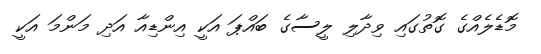
މޮޑެލެއްގެ ގޮތުގައި ވިދާލި ލީސާގެ ބައްޕަ އަކީ އިންޑިއާ އަދި މަންމަ އަކީ